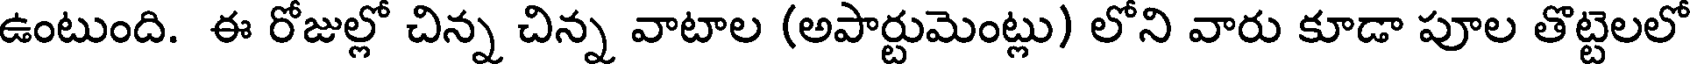
ఉంటుంది. ఈ రోజుల్లో చిన్న చిన్న వాటాల (అపార్టుమెంట్లు) లోని వారు కూడా పూల తొట్టెలలో